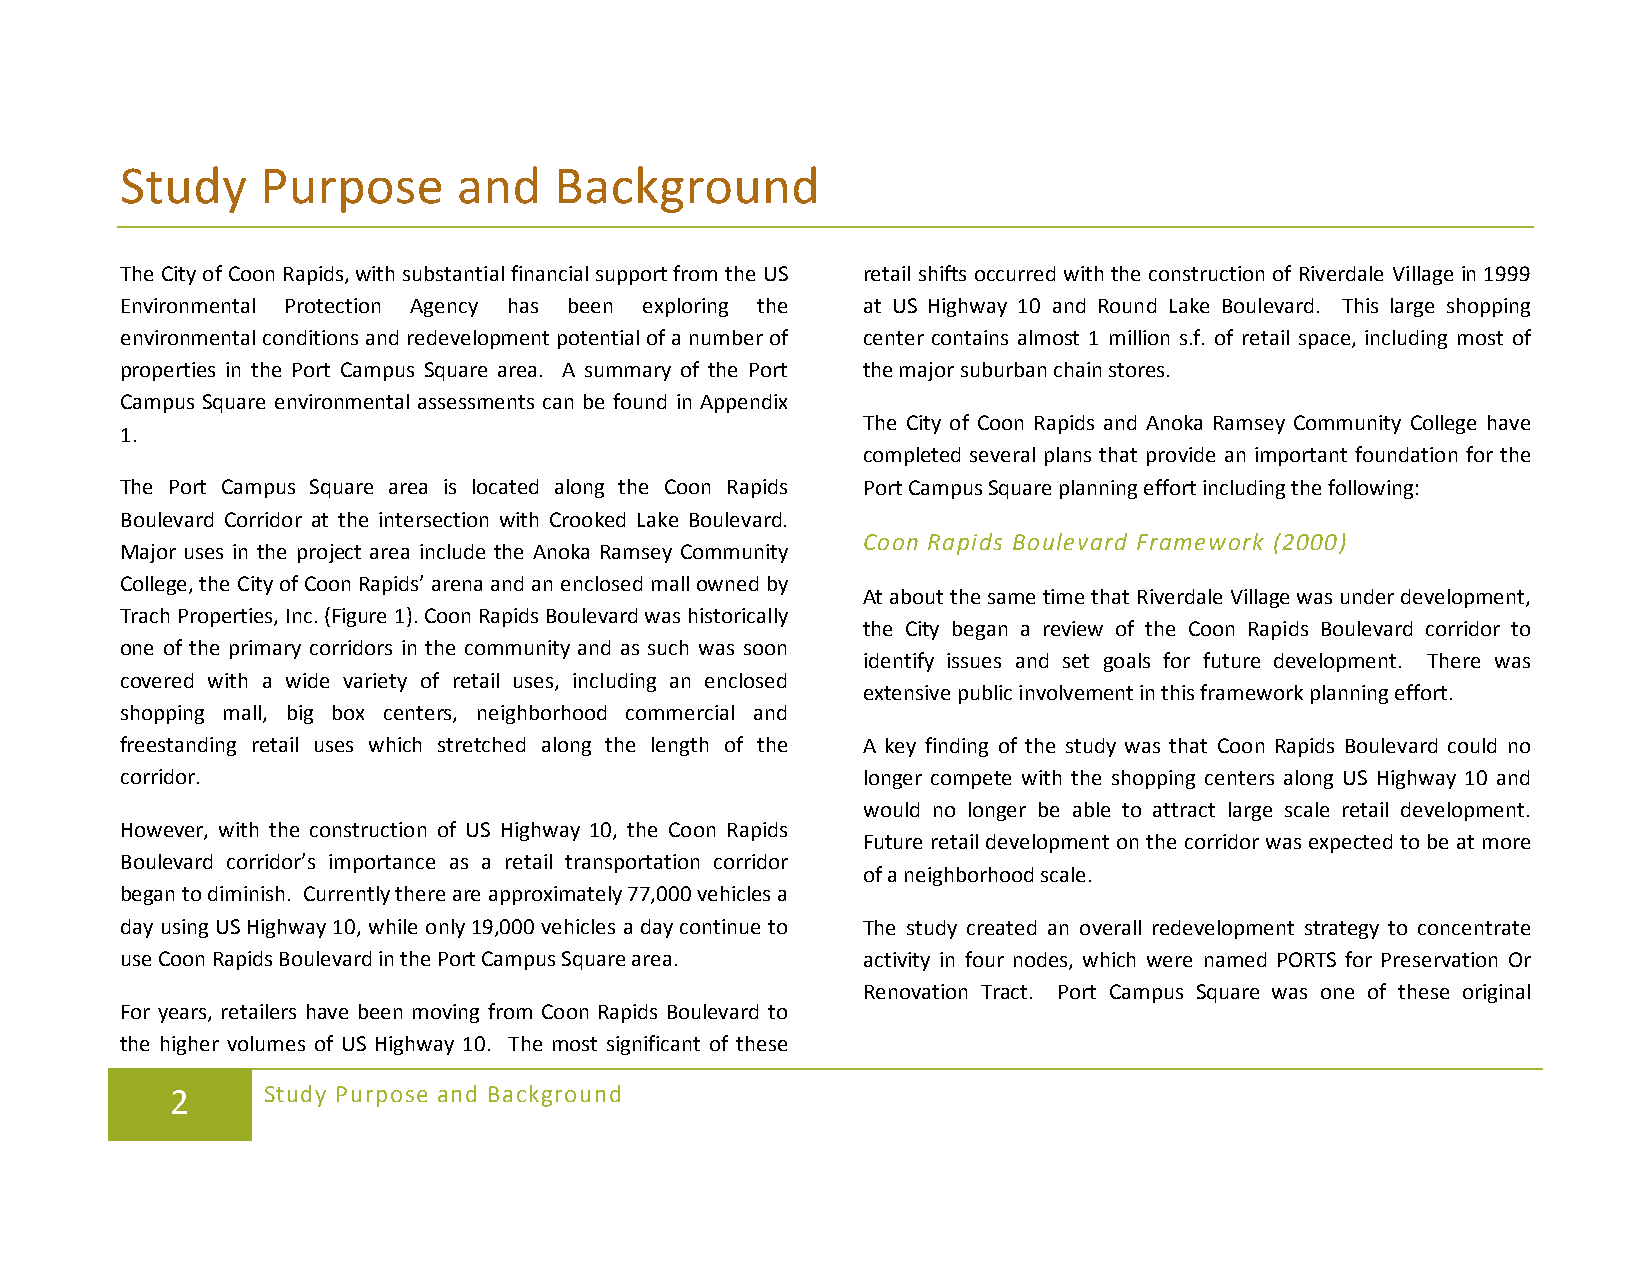
Study    Purpose      and    Background
 The City of Coon Rapids, with substantial financial support from the US retail shifts occurred with the construction of Riverdale Village in 1999
 Environmental Protection Agency has been exploring the at US Highway 10 and Round Lake Boulevard. This large shopping
 environmental conditions and redevelopment potential of a number of center contains almost 1 million s.f. of retail space, including most of
 properties in the Port Campus Square area. A summary of the Port the major suburban chain stores.
 Campus Square environmental assessments can be found in Appendix
 The City of Coon Rapids and Anoka Ramsey Community College have
 1.
 completed several plans that provide an important foundation for the
 The Port Campus Square area is located along the Coon Rapids Port Campus Square planning effort including the following:
 Boulevard Corridor at the intersection with Crooked Lake Boulevard.
 Coon Rapids Boulevard Framework (2000)
 Major uses in the project area include the Anoka Ramsey Community
 College, the City of Coon Rapids’ arena and an enclosed mall owned by
 At about the same time that Riverdale Village was under development,
 Trach Properties, Inc. (Figure 1). Coon Rapids Boulevard was historically
 the City began a review of the Coon Rapids Boulevard corridor to
 one of the primary corridors in the community and as such was soon
 identify issues and set goals for future development. There was
 covered with a wide variety of retail uses, including an enclosed
 extensive public involvement in this framework planning effort.
 shopping mall, big box centers, neighborhood commercial and
 freestanding retail uses which stretched along the length of the A key finding of the study was that Coon Rapids Boulevard could no
 corridor.                                        longer compete with the shopping centers along US Highway 10 and
 would no longer be able to attract large scale retail development.
 However, with the construction of US Highway 10, the Coon Rapids
 Future retail development on the corridor was expected to be at more
 Boulevard corridor’s importance as a retail transportation corridor
 of a neighborhood scale.
 began to diminish. Currently there are approximately 77,000 vehicles a
 day using US Highway 10, while only 19,000 vehicles a day continue to The study created an overall redevelopment strategy to concentrate
 use Coon Rapids Boulevard in the Port Campus Square area. activity in four nodes, which were named PORTS for Preservation Or
 Renovation Tract. Port Campus Square was one of these original
 For years, retailers have been moving from Coon Rapids Boulevard to
 the higher volumes of US Highway 10. The most significant of these
 2     Study Purpose and Background